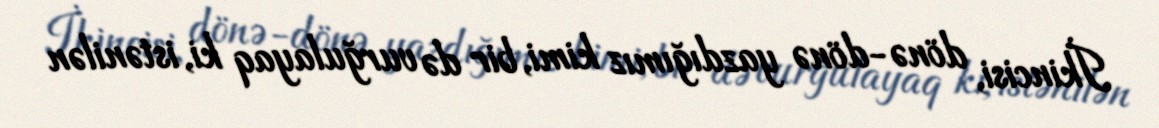
İkincisi, dönə-dönə yazdığımız kimi, bir də vurğulayaq ki, istənilən